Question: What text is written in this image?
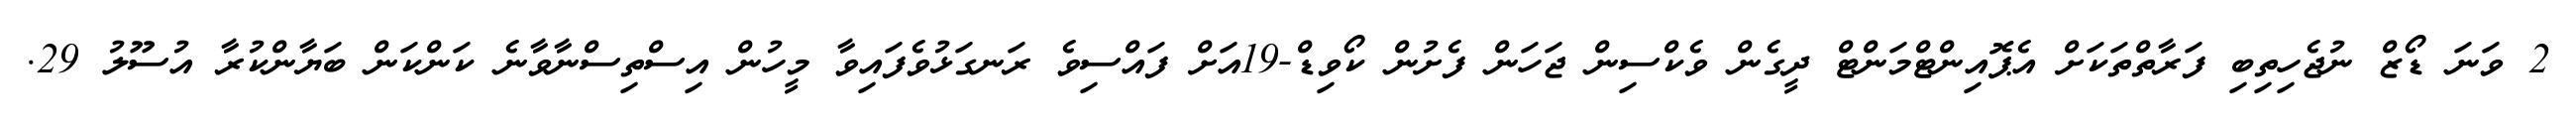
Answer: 2 ވަނަ ޑޯޒް ނުޖެހިތިބި ފަރާތްތަކަށް އެޕޮއިންޓްމަންޓް ދީގެން ވެކްސިން ޖަހަން ފެށުން ކޯވިޑް-19އަށް ފައްސިވެ ރަނގަޅުވެފައިވާ މީހުން އިސްތިސްނާވާނެ ކަންކަން ބަޔާންކުރާ އުސޫލު 29.